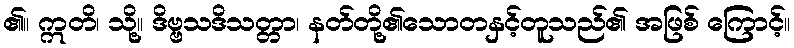
၏။ ဣတိ၊ သို့။ ဒိဗ္ဗသဒိသတ္တာ၊ နတ်တို့၏သောတနှင့်တူသည်၏ အဖြစ် ကြောင့်။